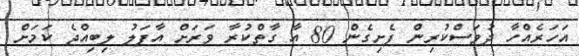
އަހަރެއްހާ ދުވަސްކުރިން ފެށިގެން 80 އާ ގާތްކުރާ ވަރަށް އާފަލު ލިބިއްޖެ ކަމަށް